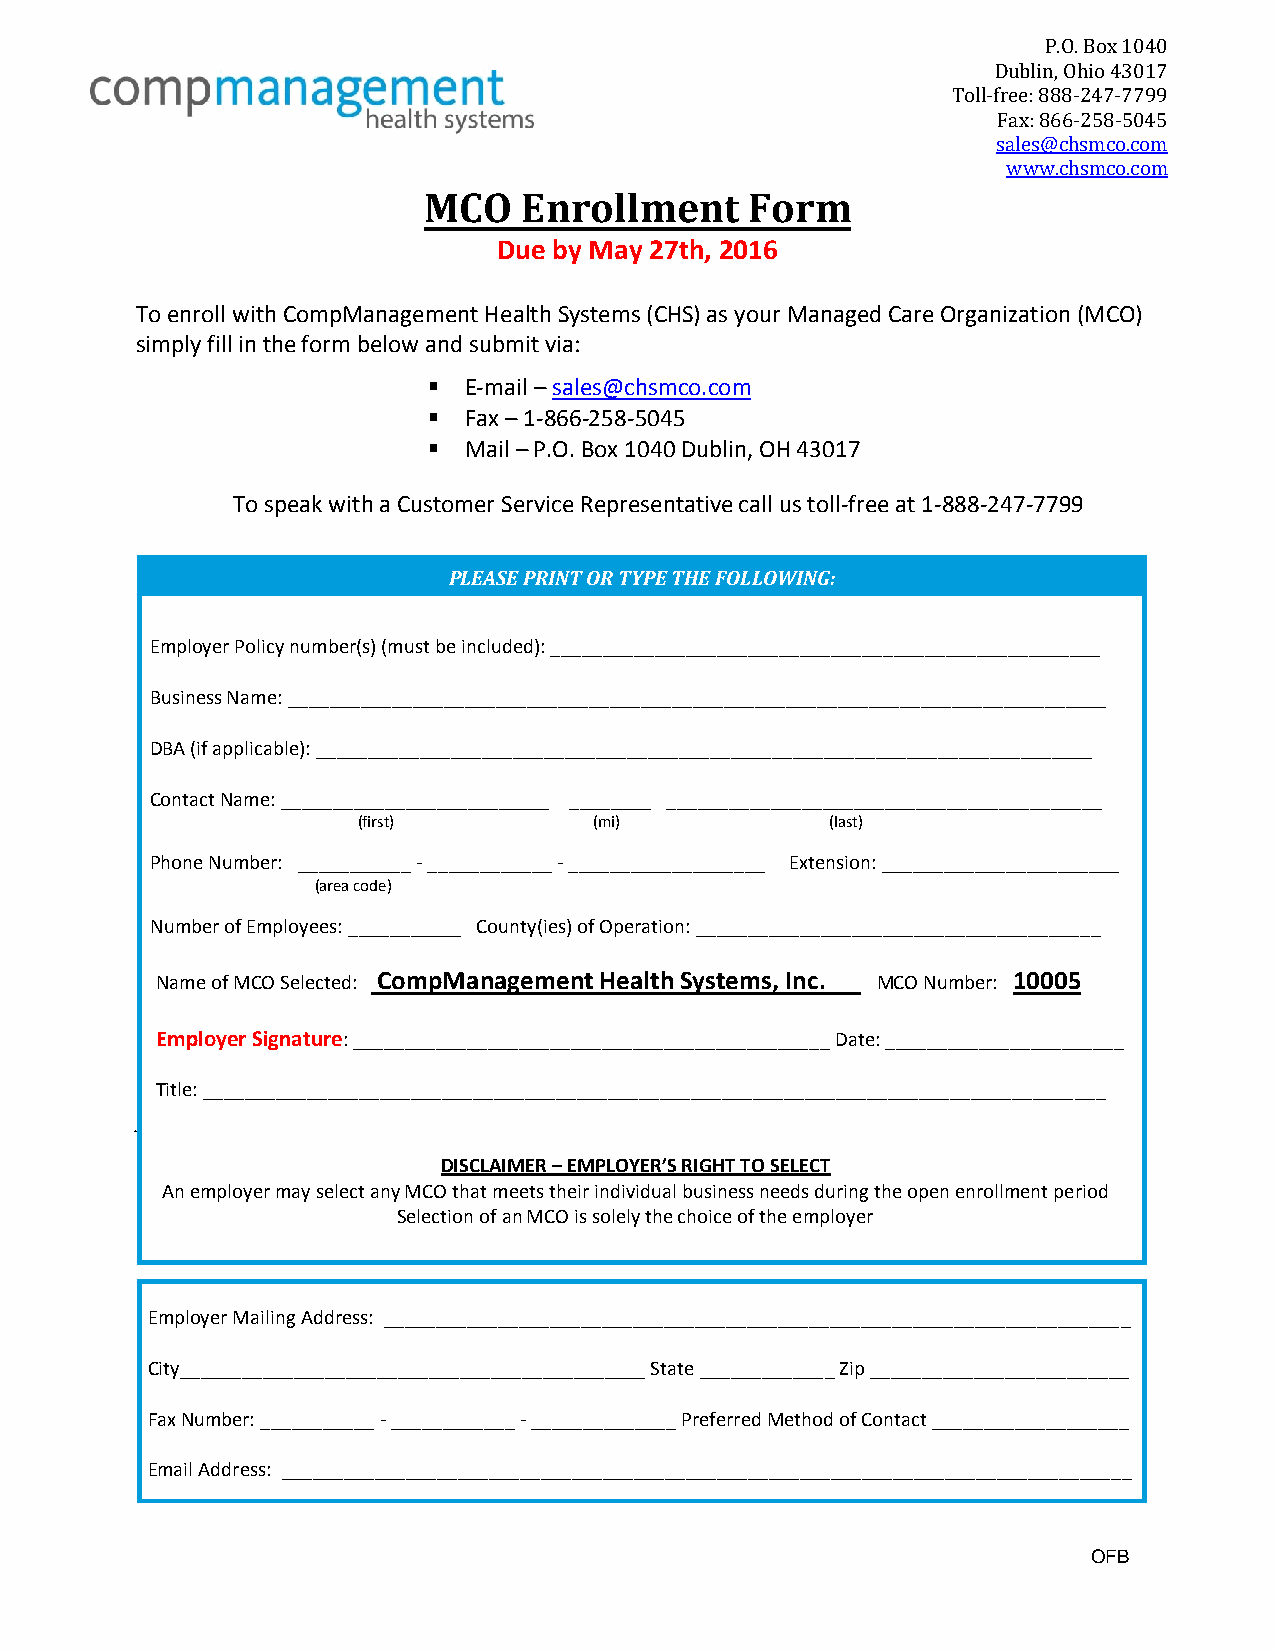
P.O. Box 1040
 Dublin, Ohio 43017
 Toll-free: 888-247-7799
 Fax: 866-258-5045
 sales@chsmco.com
 www.chsmco.com
 MCO    Enrollment     Form
 Due by May 27th, 2016
 To enroll with CompManagement Health Systems (CHS) as your Managed Care Organization (MCO)
 simply fill in the form below and submit via:
   E-mail – sales@chsmco.com
   Fax – 1-866-258-5045
   Mail – P.O. Box 1040 Dublin, OH 43017
 To speak with a Customer Service Representative call us toll-free at 1-888-247-7799
 PLEASE PRINT OR TYPE THE FOLLOWING:
 Employer Policy number(s) (must be included): _____________________________________________________
 Business Name: _______________________________________________________________________________
 DBA (if applicable): ___________________________________________________________________________
 Contact Name: __________________________ ________ __________________________________________
 (first)        (mi)            (last)
 Phone Number: ___________ - ____________ - ___________________ Extension: _______________________
 (area code)
 Number of Employees: ___________ County(ies) of Operation: _______________________________________
 Name of MCO Selected: CompManagement Health Systems, Inc. MCO Number: 10005
 Employer Signature: ______________________________________________ Date: _______________________
 Title: _______________________________________________________________________________________
 DISCLAIMER – EMPLOYER’S RIGHT TO SELECT
 An employer may select any MCO that meets their individual business needs during the open enrollment period
 Selection of an MCO is solely the choice of the employer
 Employer Mailing Address: ________________________________________________________________________
 City_____________________________________________ State _____________ Zip _________________________
 Fax Number: ___________ - ____________ - ______________ Preferred Method of Contact ___________________
 Email Address: __________________________________________________________________________________